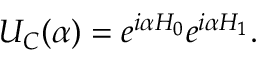
U _ { C } ( \alpha ) = e ^ { i \alpha H _ { 0 } } e ^ { i \alpha H _ { 1 } } .